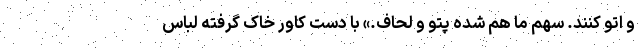
و اتو کنند. سهم ما هم شده پتو و لحاف.» با دست کاور خاک گرفته لباس